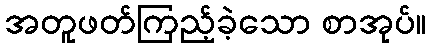
အတူဖတ်ကြည့်ခဲ့သော စာအုပ်။